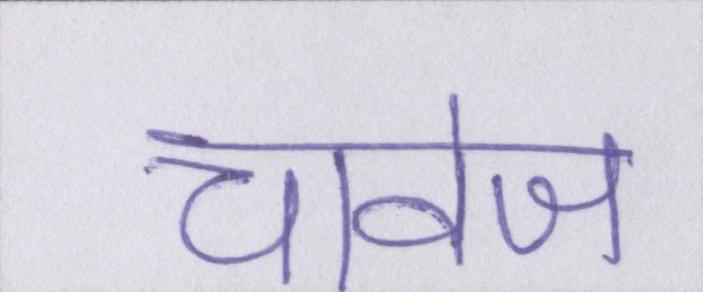
चावेज